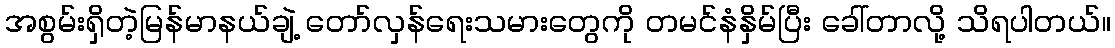
အစွမ်းရှိတဲ့မြန်မာနယ်ချဲ့ တော်လှန်ရေးသမားတွေကို တမင်နံနှိမ်ပြီး ခေါ်တာလို့ သိရပါတယ်။